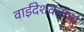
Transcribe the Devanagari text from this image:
वाईंदेशकरांचा